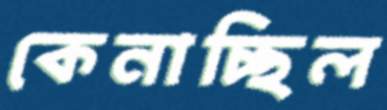
কেনাচ্ছিল